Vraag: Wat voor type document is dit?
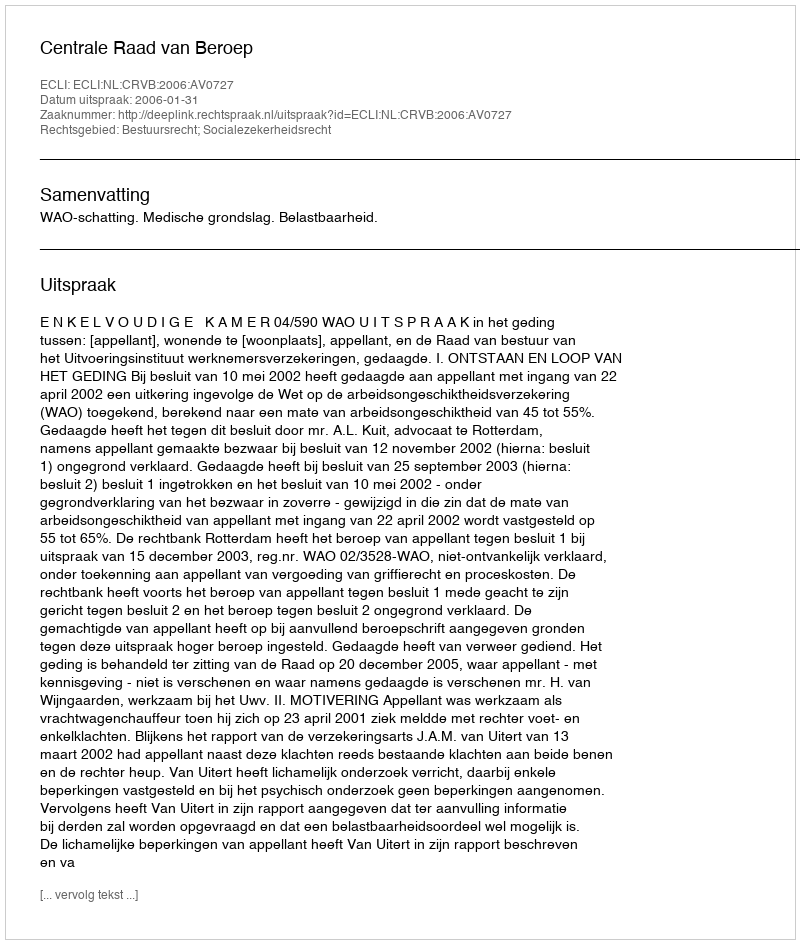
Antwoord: Uitspraak